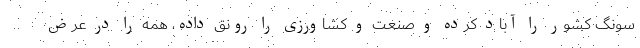
سونگ کشور را آباد کرده و صنعت و کشاورزی را رونق داده، همه را در عرض